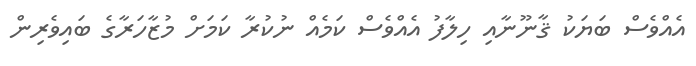
އެއްވެސް ބަޔަކު ޤާނޫނާއި ހިލާފު އެއްވެސް ކަމެއް ނުކުރާ ކަމަށް މުޒާހަރާގެ ބައިވެރިން